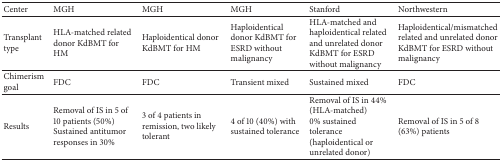
| Center | MGH | MGH | MGH | Stanford | Northwestern |
 | --- | --- | --- | --- | --- | --- |
 | Transplant type | HLA-matched related donor KdBMT for HM | Haploidentical donor KdBMT for HM | Haploidentical donor KdBMT for ESRD without malignancy | HLA-matched and haploidentical related and unrelated donor KdBMT for ESRD without malignancy | Haploidentical/mismatched related and unrelated donor KdBMT for ESRD without malignancy |
 | Chimerism goal | FDC | FDC | Transient mixed | Sustained mixed | FDC |
 | Results | Removal of IS in 5 of 10 patients (50%) Sustained antitumor responses in 30% | 3 of 4 patients in remission, two likely tolerant | 4 of 10 (40%) with sustained tolerance | Removal of IS in 44% (HLA-matched)0% sustained tolerance (haploidentical or unrelated donor) | Removal of IS in 5 of 8 (63%) patients |